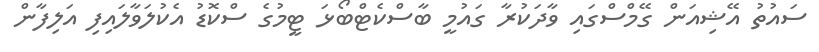
ސައުތު އޭޝިއަން ގޭމްސްގައި ވާދަކުރާ ގައުމީ ބާސްކެޓްބޯޅަ ޓީމުގެ ސްކޮޑު އެކުލަވާލައިފި އަލިފާން